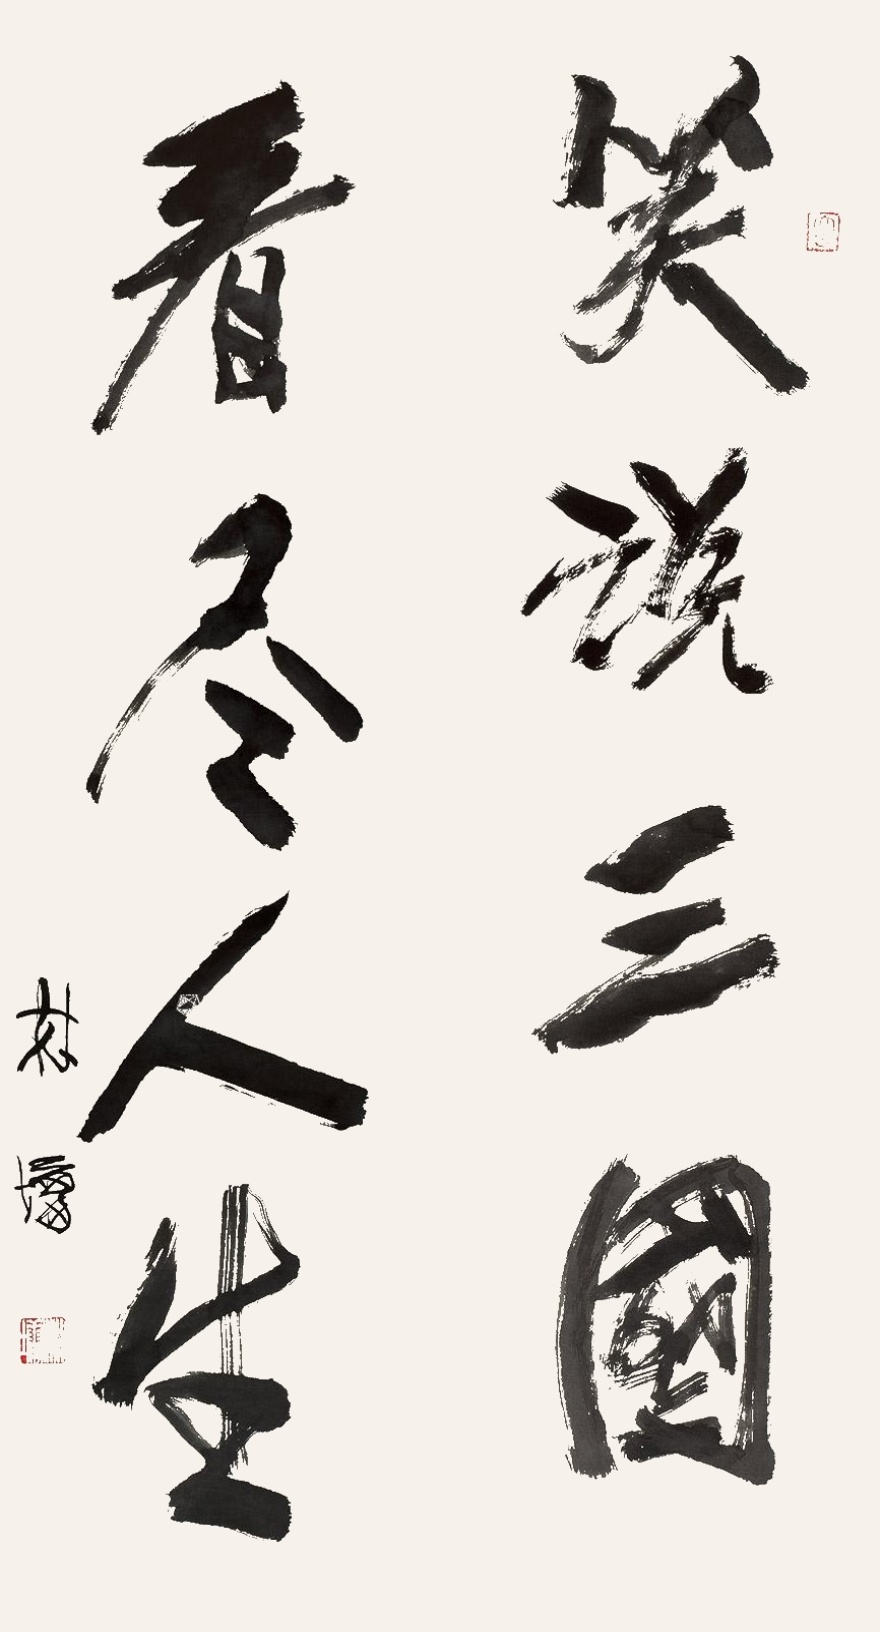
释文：笑说三国，看尽人生。林墉。